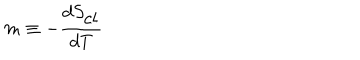
m \equiv - \frac { d S _ { \mathrm { c l } } } { d T }